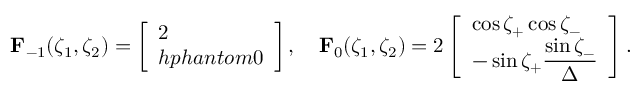
\mathbf F _ { - 1 } ( \zeta _ { 1 } , \zeta _ { 2 } ) = \left[ \begin{array} { l } { 2 } \\ { h p h a n t o m { 0 } } \end{array} \right] , \quad \mathbf F _ { 0 } ( \zeta _ { 1 } , \zeta _ { 2 } ) = 2 \left[ \begin{array} { l } { \cos \zeta _ { + } \cos \zeta _ { - } } \\ { - \sin \zeta _ { + } \displaystyle \frac { \sin \zeta _ { - } } \Delta } \end{array} \right] .